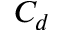
C _ { d }